65_HS1-834228961_62-HQ-83894_Section_6
Agency: FBI
Page 203
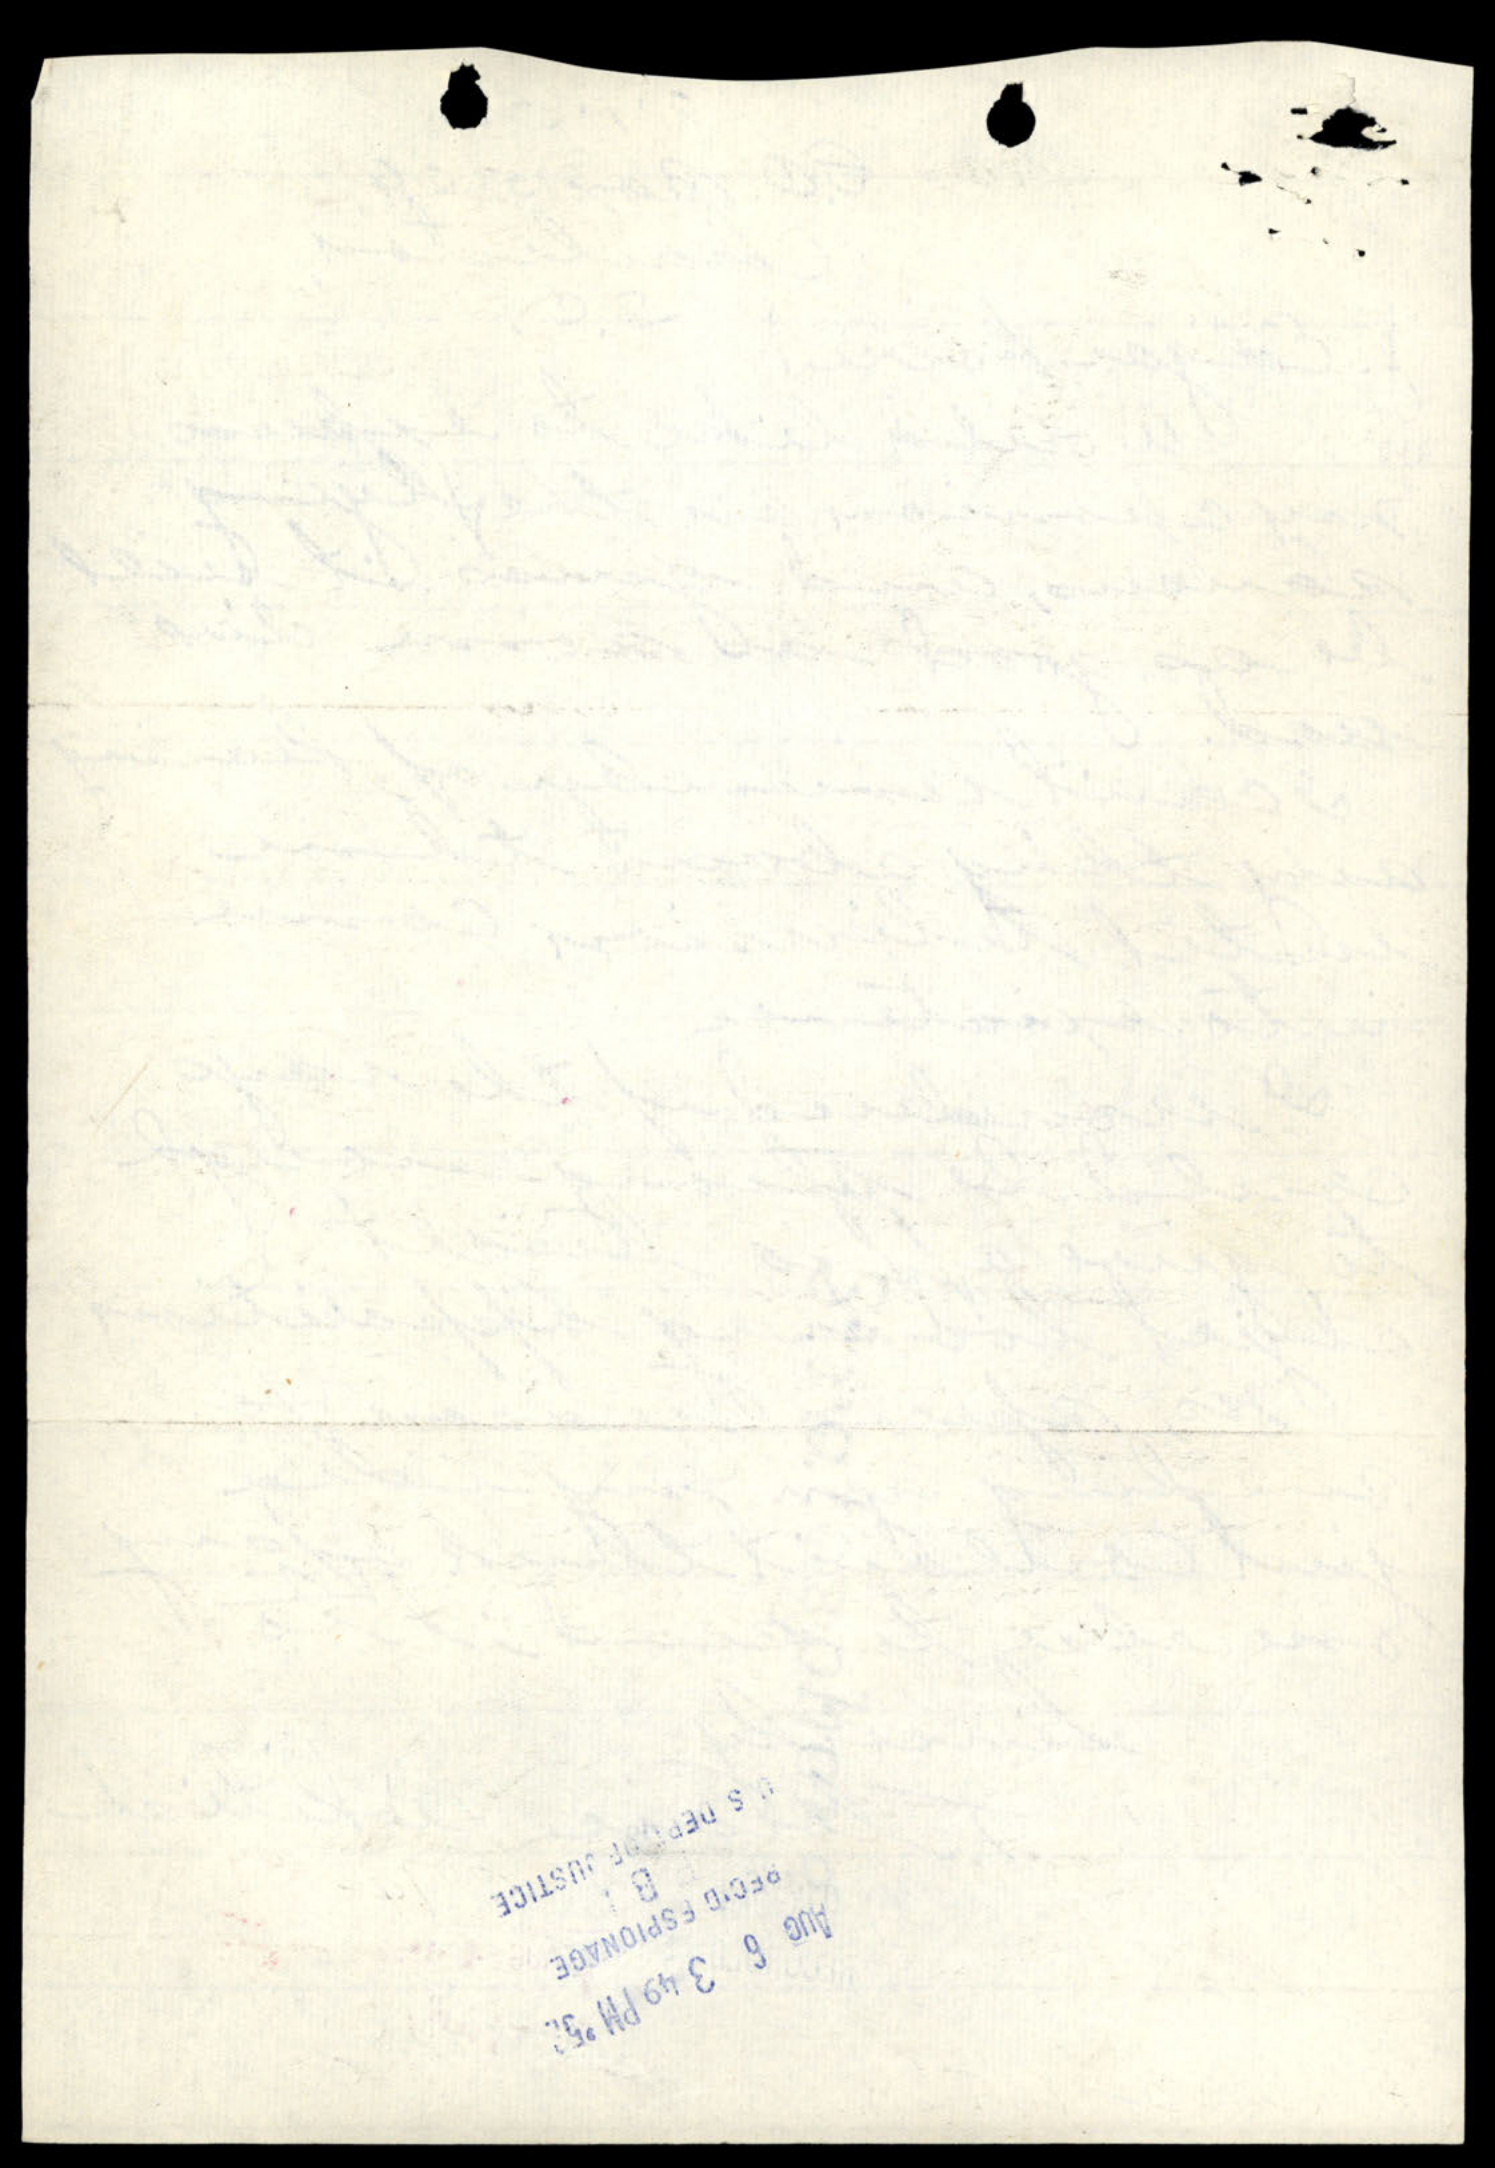